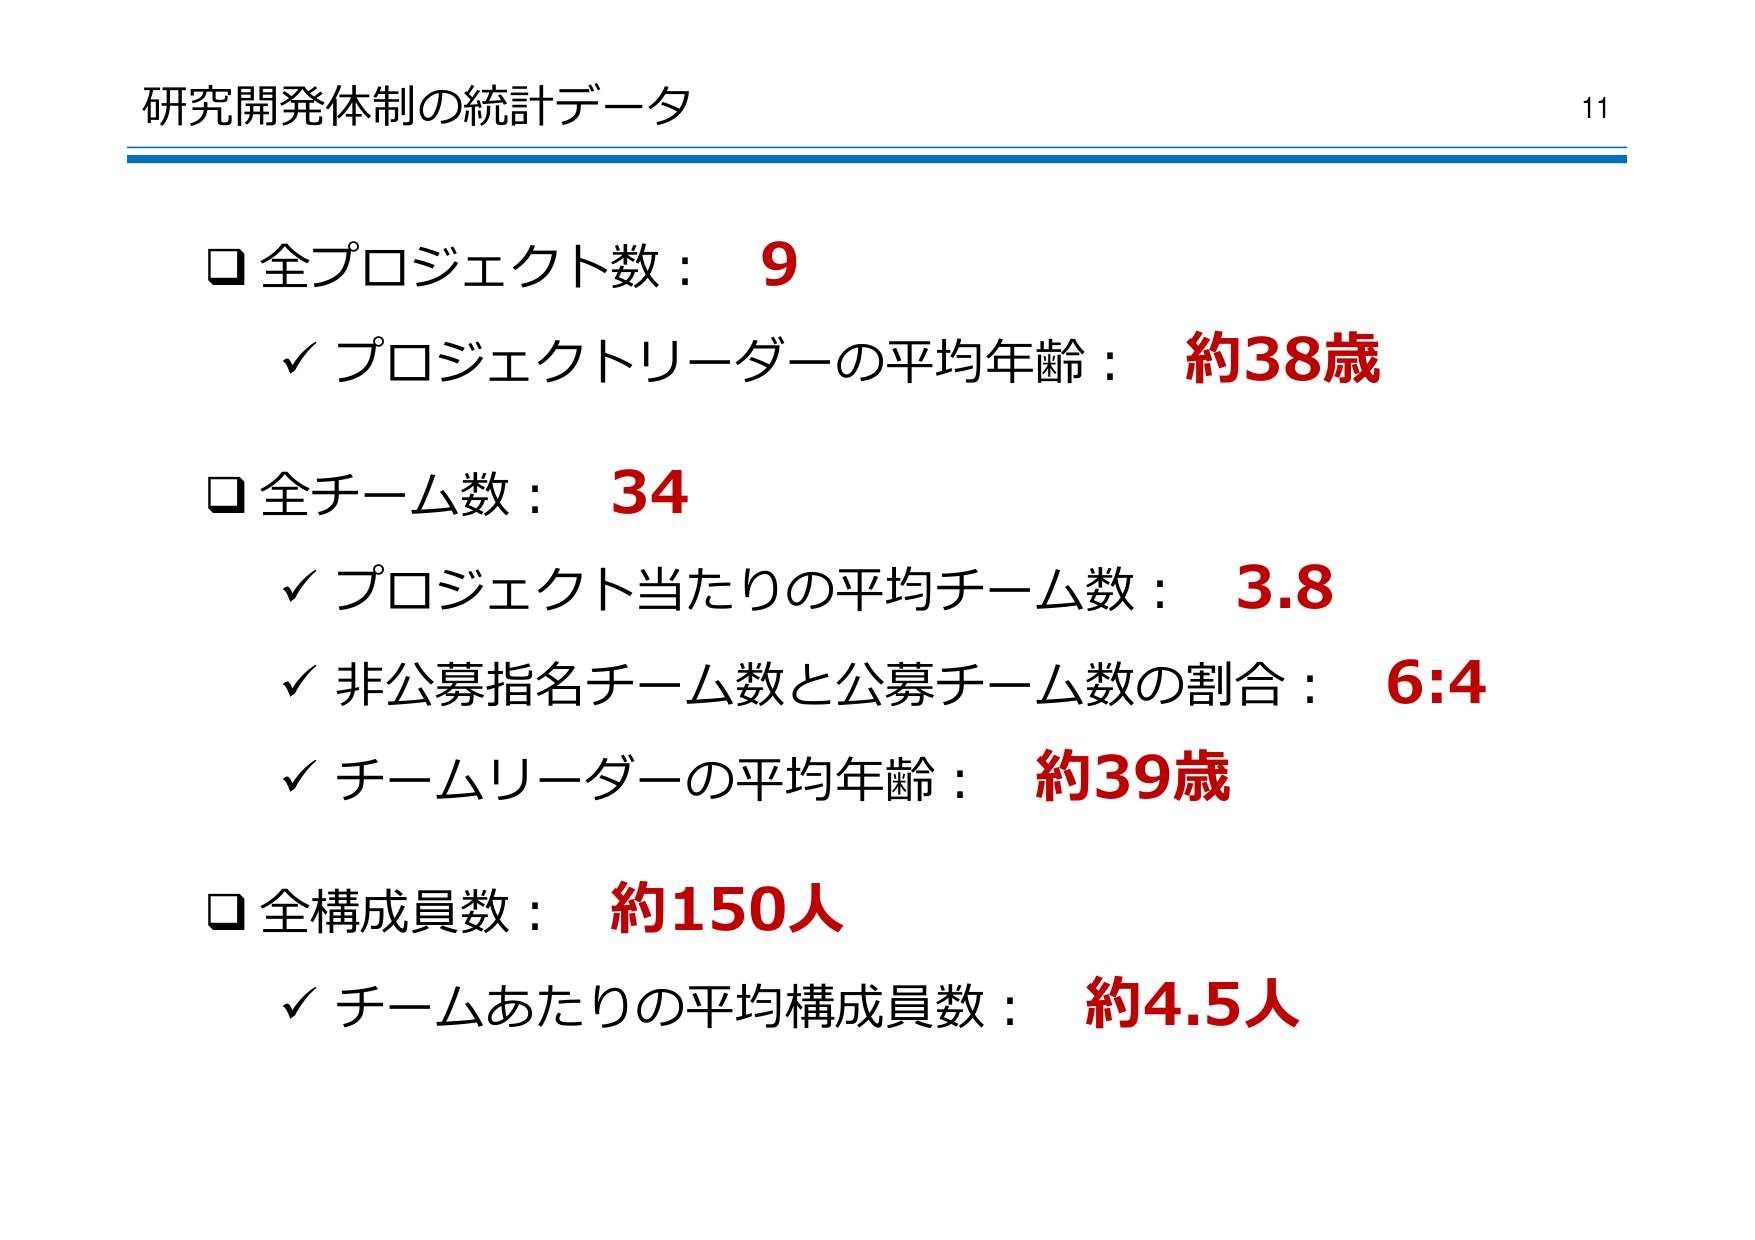
研究開発体制の統計データ
11
□ 全プロジェクト数： 9
✓ プロジェクトリーダーの平均年齢： 約38歳
□ 全チーム数： 34
✓ プロジェクト当たりの平均チーム数： 3.8
✓ 非公募指名チーム数と公募チーム数の割合： 6:4
✓ チームリーダーの平均年齢： 約39歳
□ 全構成員数： 約150人
✓ チームあたりの平均構成員数： 約4.5人